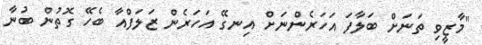
"މާޒީވި ތަނަށް ބަލާފަ އަހަރެންނަށް އިނގޭ އަހަރެން ޒަލަފްއާ ބެހޭ ގޮތުން ބުނާ